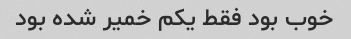
خوب بود فقط یکم خمیر شده بود